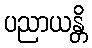
ပညာယန္တိ